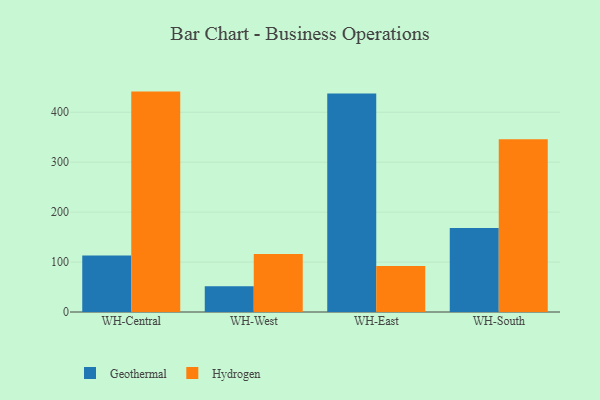
{"axis": {"x": "Warehouse", "y": "Backlog"}, "legend": ["Geothermal", "Hydrogen"], "data": [{"x": "WH-Central", "y": 113.2, "type": "Geothermal"}, {"x": "WH-Central", "y": 441.3, "type": "Hydrogen"}, {"x": "WH-West", "y": 51.6, "type": "Geothermal"}, {"x": "WH-West", "y": 116.3, "type": "Hydrogen"}, {"x": "WH-East", "y": 437.4, "type": "Geothermal"}, {"x": "WH-East", "y": 92.2, "type": "Hydrogen"}, {"x": "WH-South", "y": 168.2, "type": "Geothermal"}, {"x": "WH-South", "y": 345.8, "type": "Hydrogen"}]}